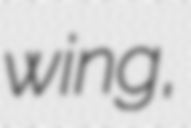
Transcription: wing,